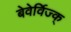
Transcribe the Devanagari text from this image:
बेवेर्विज्क्